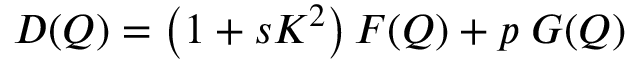
\begin{array} { r } { D ( Q ) = \left( 1 + s K ^ { 2 } \right) F ( Q ) + p \; G ( Q ) } \end{array}